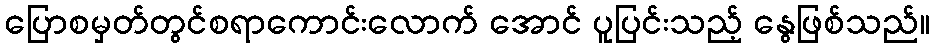
ပြောစမှတ်တွင်စရာကောင်းလောက် အောင် ပူပြင်းသည့် နွေဖြစ်သည်။